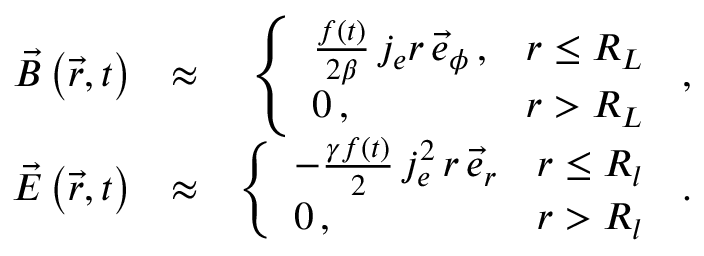
\begin{array} { r l r } { \vec { B } \left( \vec { r } , t \right) } & { \approx } & { \left\{ \begin{array} { l l } { \frac { f ( t ) } { 2 \beta } \, j _ { e } r \, \vec { e } _ { \phi } \, , } & { r \le R _ { L } } \\ { 0 \, , } & { r > R _ { L } } \end{array} \right. \, , } \\ { \vec { E } \left( \vec { r } , t \right) } & { \approx } & { \left\{ \begin{array} { l l } { - \frac { \gamma f ( t ) } { 2 } \, j _ { e } ^ { 2 } \, r \, \vec { e } _ { r } } & { r \le R _ { l } } \\ { 0 \, , } & { r > R _ { l } } \end{array} \right. \, . } \end{array}